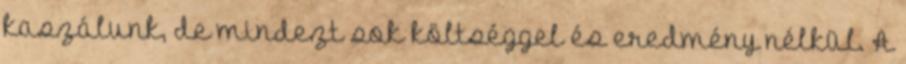
kaszálunk, de mindezt sok költséggel és eredmény nélkül. A